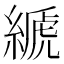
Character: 𦃇